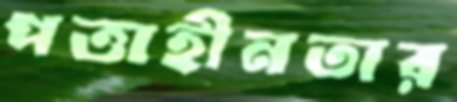
পত্তাহীনতার